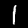
Digit: 1